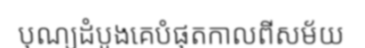
បុណ្យដំបូងគេបំផុតកាលពីសម័យ